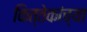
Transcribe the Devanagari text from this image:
कित्तेकांच्या